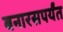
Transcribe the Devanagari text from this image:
बनारसपर्यंत